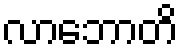
လာဘောတိ